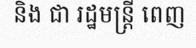
និង ជា រដ្ឋមន្ត្រី ពេញ